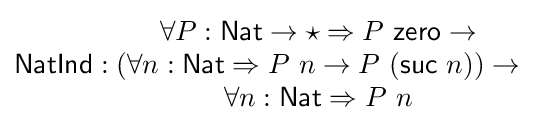
{\mathsf {NatInd}}:{\begin{matrix}\forall P:{\mathsf {Nat}}\rightarrow \star \Rightarrow P\ {\mathsf {zero}}\rightarrow \\(\forall n:{\mathsf {Nat}}\Rightarrow P\ n\rightarrow P\ ({\mathsf {suc}}\ n))\rightarrow \\\forall n:{\mathsf {Nat}}\Rightarrow P\ n\end{matrix}}